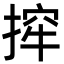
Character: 㨓